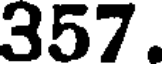
357.